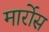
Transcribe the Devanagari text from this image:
मार्रोस